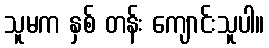
သူမက နှစ် တန်း ကျောင်းသူပါ။